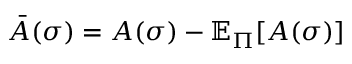
\Bar { A } ( \sigma ) = A ( \sigma ) - \mathbb { E } _ { \Pi } [ A ( \sigma ) ]